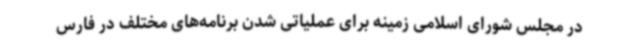
در مجلس شورای اسلامی زمینه برای عملیاتی شدن برنامه‌های مختلف در فارس